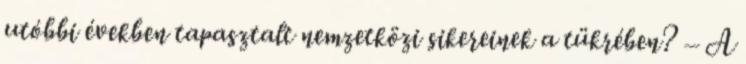
utóbbi években tapasztalt nemzetközi sikereinek a tükrében? – A